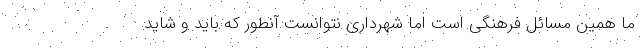
ما همین مسائل فرهنگی است اما شهرداری نتوانست آنطور که باید و شاید